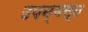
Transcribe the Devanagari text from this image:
उपन्यस्त